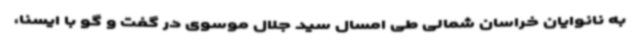
به نانوایان خراسان شمالی طی امسال سید جلال موسوی در گفت و گو با ایسنا،